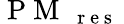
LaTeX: \mathrm{~P~M~}_{\mathrm{~{~r~e~s~}~}}